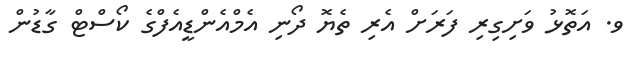
ވ. އަތޮޅު ވަށިގިރި ފަރަށް އެރި ތެޔޮ ދޯނި އެމްއެންޑީއެފްގެ ކޯސްޓް ގާޑުން